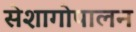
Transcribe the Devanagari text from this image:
सेशागोपालन